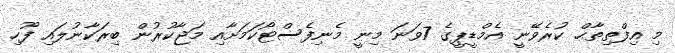
މި އިފްތިތާޙް ކުރެވޭނީ އެމްޑީޕީގެ 7ވަނަ މިނީ މެނިފެސްޓޯކަމަށާއި މަޖާކުރުން ބިރަކާނުލައި ފޫހި